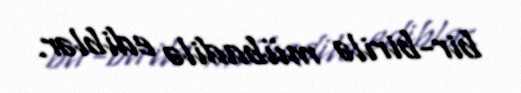
bir-birilə mübadilə ediblər.